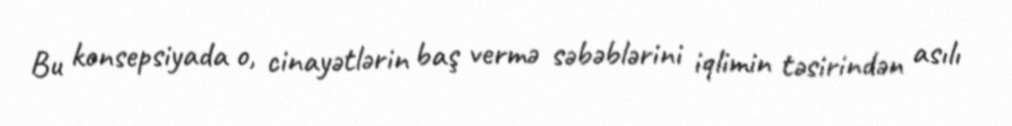
Bu konsepsiyada o, cinayətlərin baş vermə səbəblərini iqlimin təsirindən asılı